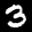
Label: 3